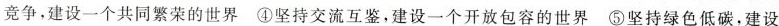
竞争，建设一个共同繁荣的世界 ④坚持交流互鉴，建设一个开放包容的世界 ⑤坚持绿色低碳，建设